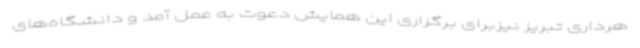
هرداری تبریز نیزبرای برگزاری این همایش دعوت به عمل آمد و دانشگاه‌های